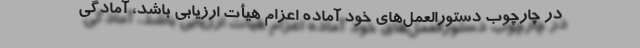
در چارچوب دستورالعمل‌های خود آماده اعزام هیأت ارزیابی باشد، آمادگی